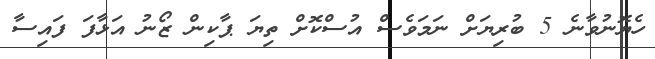
ހެޔޮނުވާނެ 5 ބުރިޔަށް ނަމަވެސް އުސްކޮށް ތިޔަ ޕާކިން ޒޯނު އަޅާފަ ފައިސާ